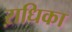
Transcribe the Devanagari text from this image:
ऱाधिका